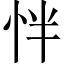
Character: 怑